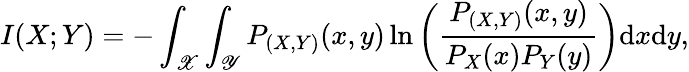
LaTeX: I(X;Y)=-\int_{\mathscr{X}}\int_{\mathscr{Y}}P_{(X,Y)}(x,y)\ln\left(\frac{P_{(X,Y)}(x,y)}{P_{X}(x)P_{Y}(y)}\right){\mathrm d}x{\mathrm d}y,